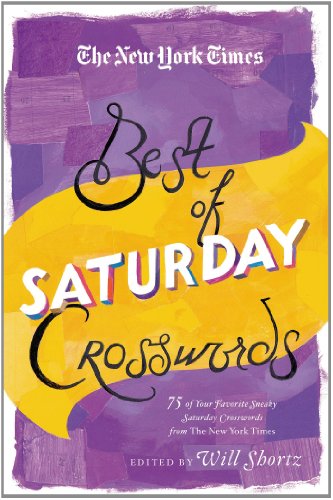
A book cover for The New York Times Best of Saturday Crosswords: 75 of Your Favorite Sneaky Saturday Puzzles from The New York Times; Humor & Entertainment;